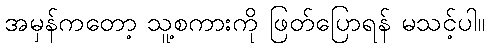
အမှန်ကတော့ သူ့စကားကို ဖြတ်ပြောရန် မသင့်ပါ။